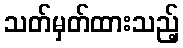
သတ်မှတ်ထားသည့်